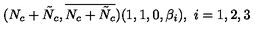
( N _ { c } + \tilde { N } _ { c } , \overline { { N _ { c } + \tilde { N } _ { c } } } ) ( 1 , 1 , 0 , \beta _ { i } ) , \ i = 1 , 2 , 3